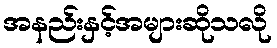
အနည်းနှင့်အများဆိုသလို